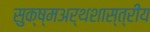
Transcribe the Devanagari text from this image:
सुक्ष्मअर्थशास्त्रीय